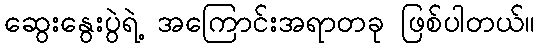
ဆွေးနွေးပွဲရဲ့ အကြောင်းအရာတခု ဖြစ်ပါတယ်။